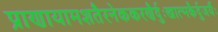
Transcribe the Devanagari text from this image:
प्राणायामशतैरनेककरणैर्दुःखात्मकैर्दुजर्यैः